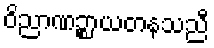
ဝိညာဏဉ္စာယတနသညီ